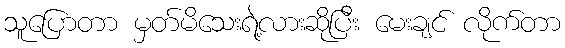
သူပြောတာ မှတ်မိသေးရဲ့လားဆိုပြီး မေးချင် လိုက်တာ